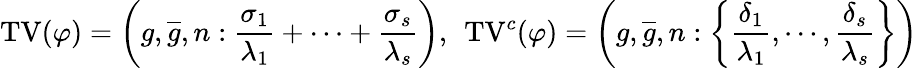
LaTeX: \mathrm{TV}(\varphi)=\left(g,\overline{{g}},n:\frac{\sigma_{1}}{\lambda_{1}}+\cdots+\frac{\sigma_{s}}{\lambda_{s}}\right),\: \: \mathrm{TV}^{c}(\varphi)=\left(g,\overline{{g}},n:\left\{ \frac{\delta_{1}}{\lambda_{1}},\cdots,\frac{\delta_{s}}{\lambda_{s}}\right\} \right)